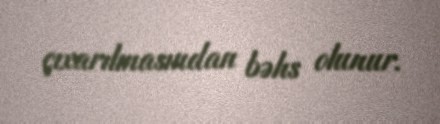
çıxarılmasından bəhs olunur.